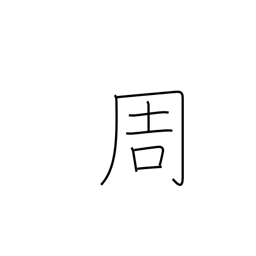
Meaning: circuit